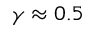
\gamma \approx 0 . 5